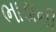
ભાડાની